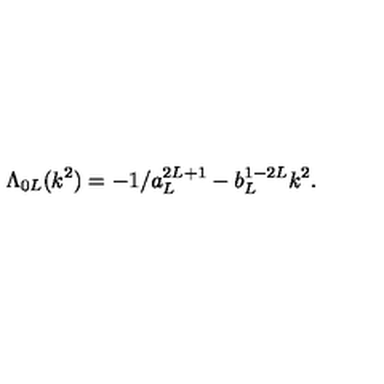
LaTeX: \Lambda _ { 0 L } ( k ^ { 2 } ) = - 1 / a _ { L } ^ { 2 L + 1 } - b _ { L } ^ { 1 - 2 L } k ^ { 2 } .